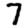
Digit: 7